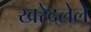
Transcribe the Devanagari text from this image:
खरेदलेले